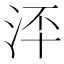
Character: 𣳶